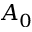
A _ { 0 }